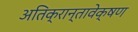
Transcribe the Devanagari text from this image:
अतिक्रान्तावेक्षण